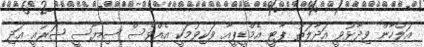
އަލްހާން ވިދާޅުވީ އަދާލަތު ޕާޓީ އެމްޑީޕީއާ ވަކިވުމަކީ އެއްވެސް ސިޔާސީ ޝަރުއީ އަދި